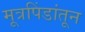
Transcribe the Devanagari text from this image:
मूत्रपिंडांतून